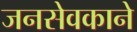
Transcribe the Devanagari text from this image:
जनसेवकाने